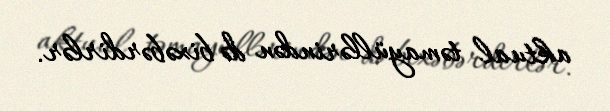
aktual təmayüllərindən də bixəbərdirlər.